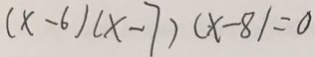
( x - 6 ) ( x - 7 ) ( x - 8 ) = 0